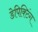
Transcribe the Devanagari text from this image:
डेपिक्टिंग